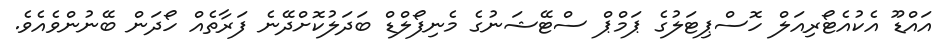
އައްޑޫ އެކުއެޓޯރިއަލް ހޮސްޕިޓަލުގެ ޕަމްޕް ސްޓޭޝަނުގެ މެނިފޯލްޑް ބަދަލުކޮށްދޭނެ ފަރާތެއް ހޯދަން ބޭނުންވެއެވެ.